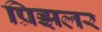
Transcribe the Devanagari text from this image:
प्रिझलर